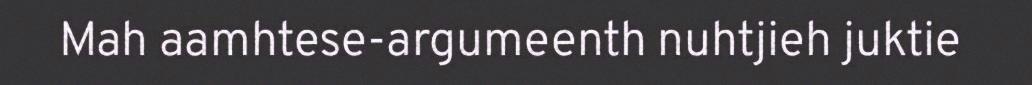
Mah aamhtese-argumeenth nuhtjieh juktie